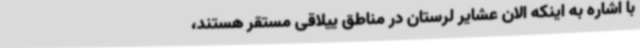
با اشاره به اینکه الان عشایر لرستان در مناطق ییلاقی مستقر هستند،